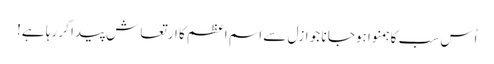
اُس سب کا ہمنوا ہوجا نا جو ازل سے اسمِ اعظم کا ارتعاش پیدا کر رہا ہے!